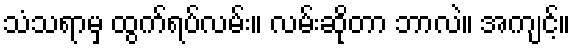
သံသရာမှ ထွက်ရပ်လမ်း။ လမ်းဆိုတာ ဘာလဲ။ အကျင့်။